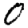
Digit: 0